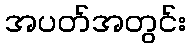
အပတ်အတွင်း